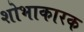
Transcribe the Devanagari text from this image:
शोभाकारक